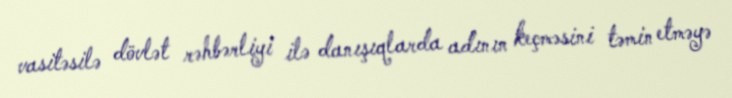
vasitəsilə dövlət rəhbərliyi ilə danışıqlarda adının keçməsini təmin etməyə